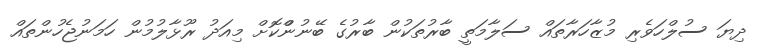
ދިޔަ ސުލްހަވެރި މުޒާހަރާތައް ސަލާމަތީ ބާރުތަކުން ބާރުގެ ބޭނުންްކޮށް މިއަދު ރޫޅާލުމުން ހަމަނުޖެހުންތައް